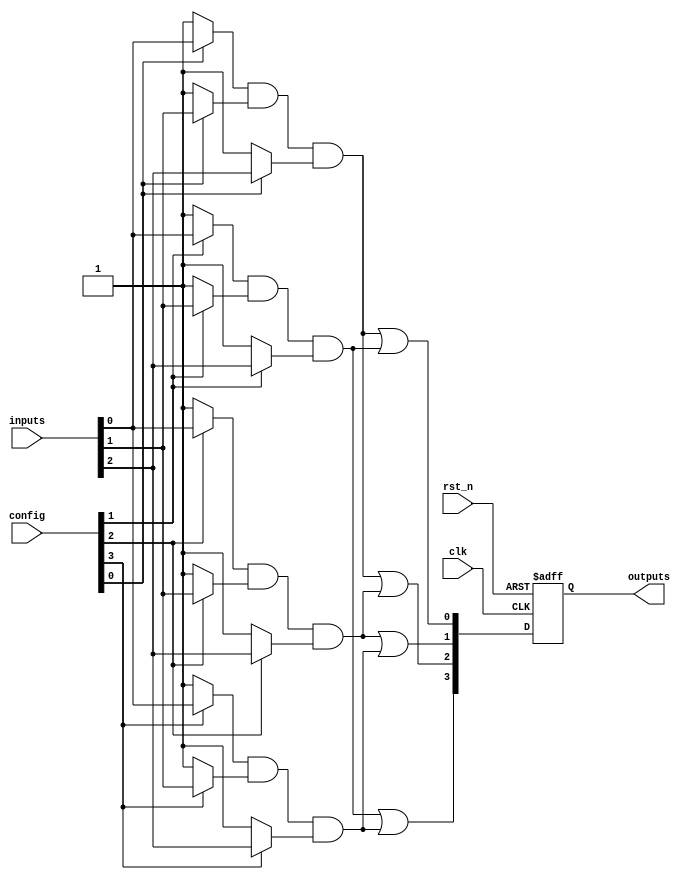
module RPAL (
    input wire clk,                // Clock signal
    input wire rst_n,              // Active-low reset signal
    input wire [N-1:0] inputs,     // Input signals (N inputs)
    input wire [M-1:0] config,     // Configuration for programmable AND array (M product terms)
    output reg [P-1:0] outputs     // Registered outputs (P outputs)
);

parameter N = 8;                  // Number of inputs
parameter M = 4;                  // Number of product terms
parameter P = 4;                  // Number of outputs

// Intermediate product terms generated by the AND plane
wire [M-1:0] product_terms;

// Programmable AND plane
genvar i, j;
generate
    for (i = 0; i < M; i = i + 1) begin : and_plane
        assign product_terms[i] = (config[i] ? inputs[0] : 1'b1) & // Example for first input
                                   (config[i] ? inputs[1] : 1'b1) & // Example for second input
                                   (config[i] ? inputs[2] : 1'b1);  // Example for third input
        // Additional inputs can be added based on the configuration
    end
endgenerate

// OR plane - fixed OR logic combining product terms
wire [P-1:0] or_outputs;
assign or_outputs[0] = product_terms[0] | product_terms[1];
assign or_outputs[1] = product_terms[2] | product_terms[3];
assign or_outputs[2] = product_terms[0] | product_terms[2];
assign or_outputs[3] = product_terms[1] | product_terms[3];

// Registered outputs
always @(posedge clk or negedge rst_n) begin
    if (!rst_n) begin
        outputs <= 0; // Asynchronous reset
    end else begin
        outputs <= or_outputs; // Latch the OR outputs
    end
end

endmodule